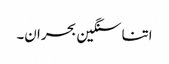
اتنا سنگین بحران۔